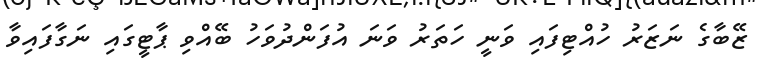
ޒޭބާގެ ނަޒަރު ހުއްޓިފައި ވަނީ ހަތަރު ވަނަ އުފަންދުވަހު ބޭއްވި ޕާޓީގައި ނަގާފައިވާ